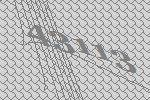
43113